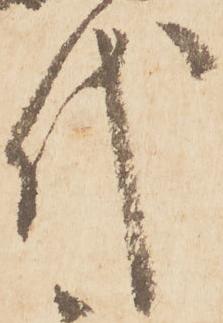
代